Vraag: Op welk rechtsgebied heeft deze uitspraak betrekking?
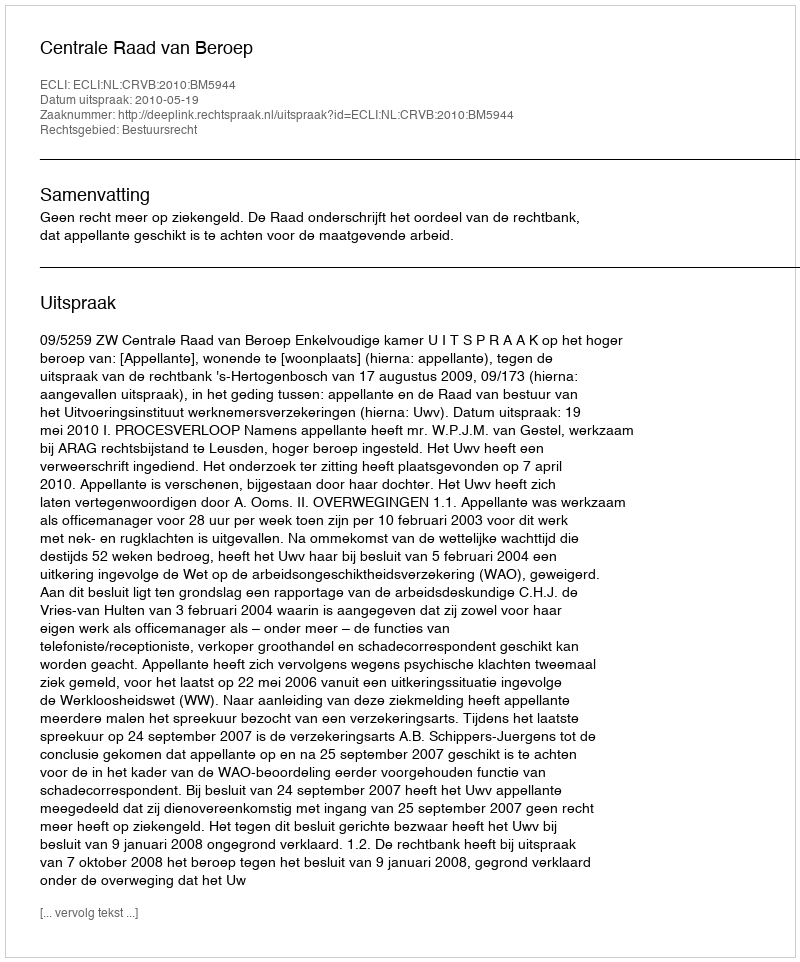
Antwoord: Bestuursrecht